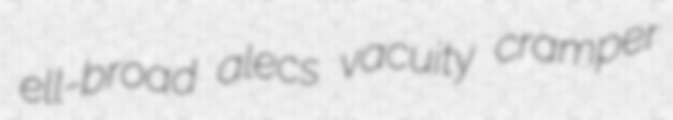
ell-broad alecs vacuity cramper